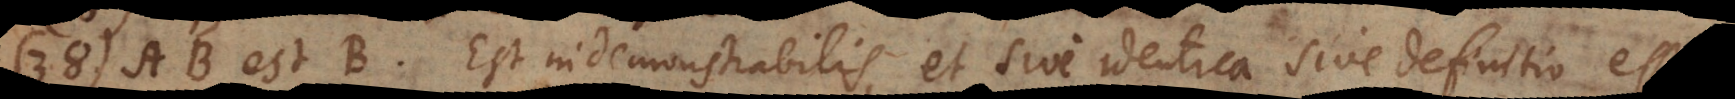
38) AB est B. Est indemonstrabilis, vel poti est quasi definitio